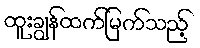
ထူးချွန်ထက်မြက်သည့်